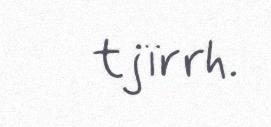
tjïrrh.